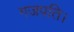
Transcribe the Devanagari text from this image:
गजपति।